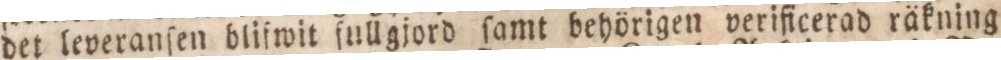
det leveranſen blifwit ſullgjord ſamt behörigen verificerad räkning